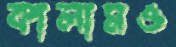
কালামও